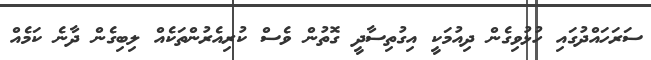
ސަރަހައްދުގައި ހުޅުވިގެން ދިއުމަކީ އިގުތިސާދީ ގޮތުން ވެސް ކުރިއެރުންތަކެއް ލިބިގެން ދާނެ ކަމެއް